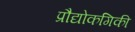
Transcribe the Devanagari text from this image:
प्रौद्योकगिकी